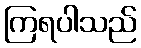
ကြရပါသည်